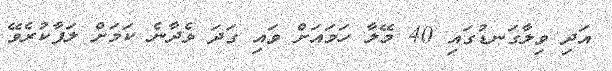
އަދި ވިލާގަނޑުގައި 40 މޭލާ ހަމައަށް ވައި ގަދަ ވެދާނެ ކަމަށް ލަފާކުރެވޭ